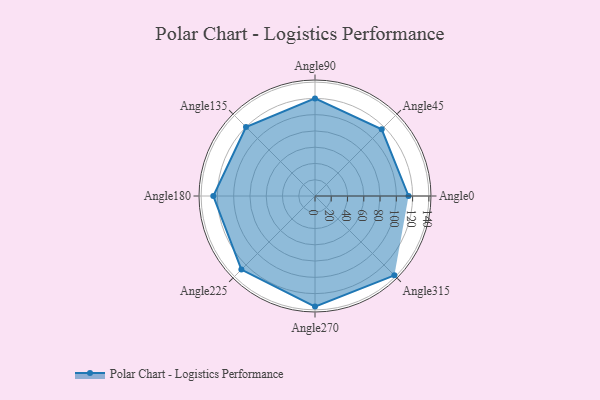
{"axis": {"x": "Angle", "y": "Radius"}, "legend": [""], "data": [{"x": "Angle0", "y": 115.0, "type": ""}, {"x": "Angle45", "y": 116.0, "type": ""}, {"x": "Angle90", "y": 120.0, "type": ""}, {"x": "Angle135", "y": 120.0, "type": ""}, {"x": "Angle180", "y": 125.0, "type": ""}, {"x": "Angle225", "y": 128.0, "type": ""}, {"x": "Angle270", "y": 136.0, "type": ""}, {"x": "Angle315", "y": 138.0, "type": ""}]}